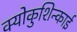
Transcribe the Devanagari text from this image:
क्योकुशिन्काई